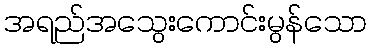
အရည်အသွေးကောင်းမွန်သော